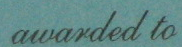
awarded to